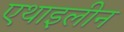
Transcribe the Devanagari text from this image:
एथाइलीन